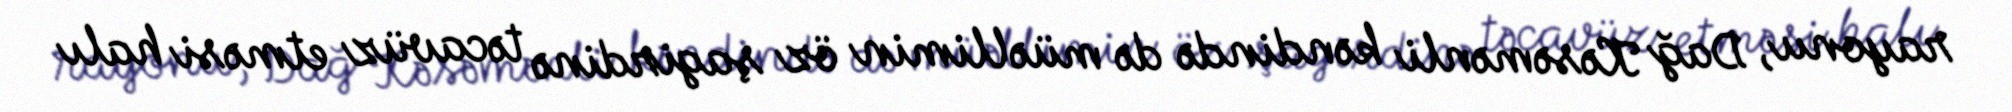
rayonu, Dağ Kəsəmənli kəndində də müəllimin öz şagirdinə təcavüz etməsi halı